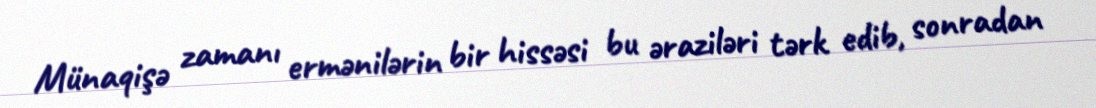
Münaqişə zamanı ermənilərin bir hissəsi bu əraziləri tərk edib, sonradan